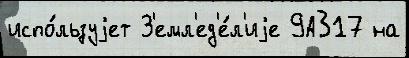
испо́льзуjет З'емл'ед'е́л'иjе 9А317 на